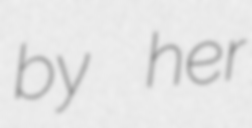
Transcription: by her